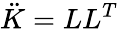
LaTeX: \ddot{K}=LL^{T}